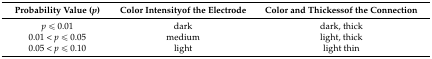
<table><thead><tr><td><b>Probability Value (<i>p</i>)</b></td><td><b>Color Intensityof the Electrode</b></td><td><b>Color and Thickessof the Connection</b></td></tr></thead><tbody><tr><td><i>p</i> ≤ 0.01</td><td>dark</td><td>dark, thick</td></tr><tr><td>0.01 &lt; <i>p</i> ≤ 0.05</td><td>medium</td><td>light, thick</td></tr><tr><td>0.05 &lt; <i>p</i> ≤ 0.10</td><td>light</td><td>light thin</td></tr></tbody></table>